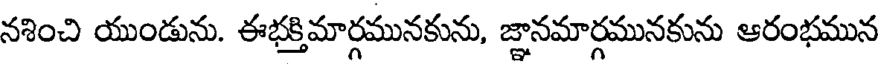
నశించి యుండును. ఈభక్తిమార్గమునకును, జ్ఞానమార్గమునకును ఆరంభమున